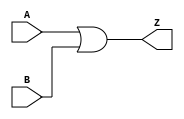
module notech_or2 (A,B,Z);
input A,B;
output Z;
assign Z=A|B;
endmodule